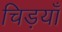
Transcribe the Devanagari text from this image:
चिड़याँ